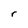
Character: r